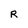
Character: R